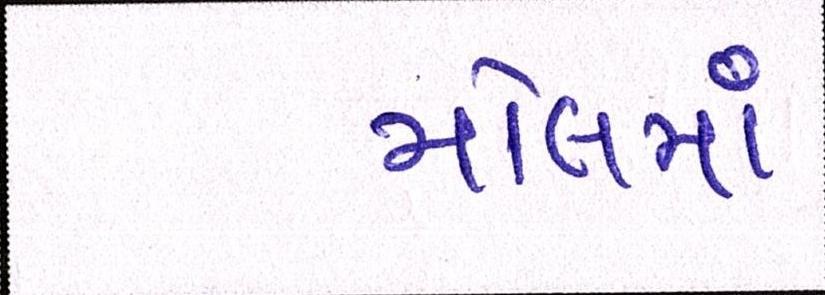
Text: મોલમાં